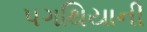
પગથિયાની